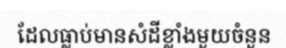
ដែលធ្លាប់មានសំដីខ្លាំងមួយចំនួន